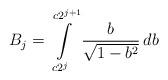
LaTeX: \begin{align*}B_j = \int\limits_{c2^j}^{c2^{j+1}} \frac{b}{\sqrt{1-b^2}} \, db\end{align*}